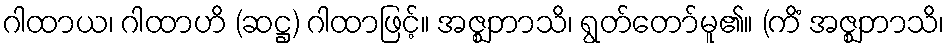
ဂါထာယ၊ ဂါထာဟိ (ဆဋ္ဌ) ဂါထာဖြင့်။ အဇ္ဈဘာသိ၊ ရွတ်တော်မူ၏။ (ကိံ အဇ္ဈဘာသိ၊